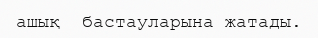
ашық  бастауларына жатады.